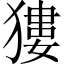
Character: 㺏